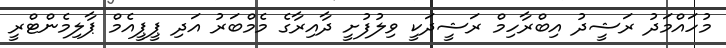
މުހައްމަދު ރަޝީދު އިބްރާހިމް ރަޝީދަކީ ވިލުފުށީ ދާއިރާގެ މެމްބަރު އަދި ޕީޕީއެމް ޕާލިމެންޓްރީ